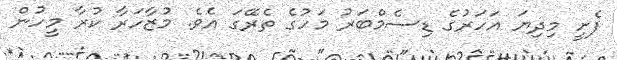
ފެށީ މިދިޔަ އަހަރުގެ ޑިސެމްބަރު މަހުގެ ތެރޭގަ އެވެ. މުޒާހަރާ ކުރާ މީހުން